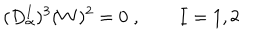
( D _ { \alpha } ^ { I } ) ^ { 3 } ( W ) ^ { 2 } = 0 \; , \qquad I = 1 , 2